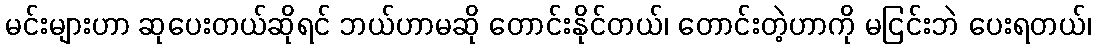
မင်းများဟာ ဆုပေးတယ်ဆိုရင် ဘယ်ဟာမဆို တောင်းနိုင်တယ်၊ တောင်းတဲ့ဟာကို မငြင်းဘဲ ပေးရတယ်၊